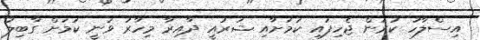
އިސްލާހު ކުރަން ޖެހިފައި ކަމަށާއި ޝަރުއީ ދާއިރާ މިހާރު ވަނީ ކަމަށް ގާބިލު